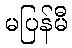
မပြန်မီ